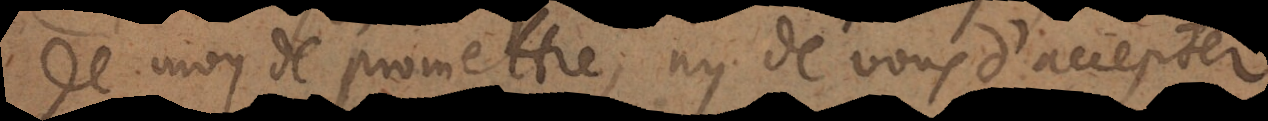
de moy de promettre, ny de vous d’accepter.